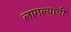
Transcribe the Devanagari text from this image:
लागल्याची